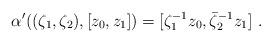
LaTeX: \begin{align*}\alpha'((\zeta_1,\zeta_2),[z_0,z_1])= [\zeta_1^{-1}z_0, \bar\zeta_2^{-1}z_1]\ .\end{align*}